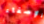
الإصغاء